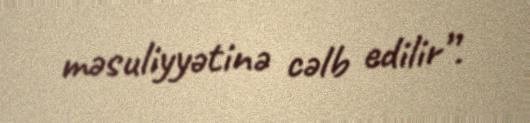
məsuliyyətinə cəlb edilir”.